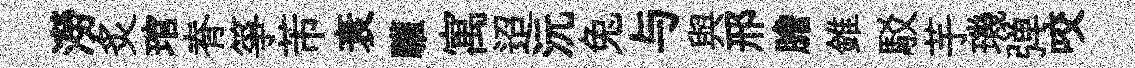
澇炙琯脊箏芾衰驩寓迢沅兔与與邢膽錐駁芋璣弹咬